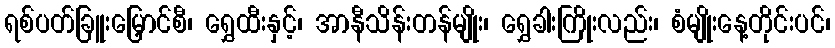
ရစ်ပတ်ခြူးမြှောင်စီ၊ ရွှေထီးနှင့်၊ အာနီသိန်းတန်မျိုး၊ ရွှေခါးကြိုးလည်း၊ စံမျိုးနေ့တိုင်းပင်၊